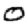
Digit: 0